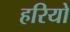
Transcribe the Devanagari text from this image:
हरियो